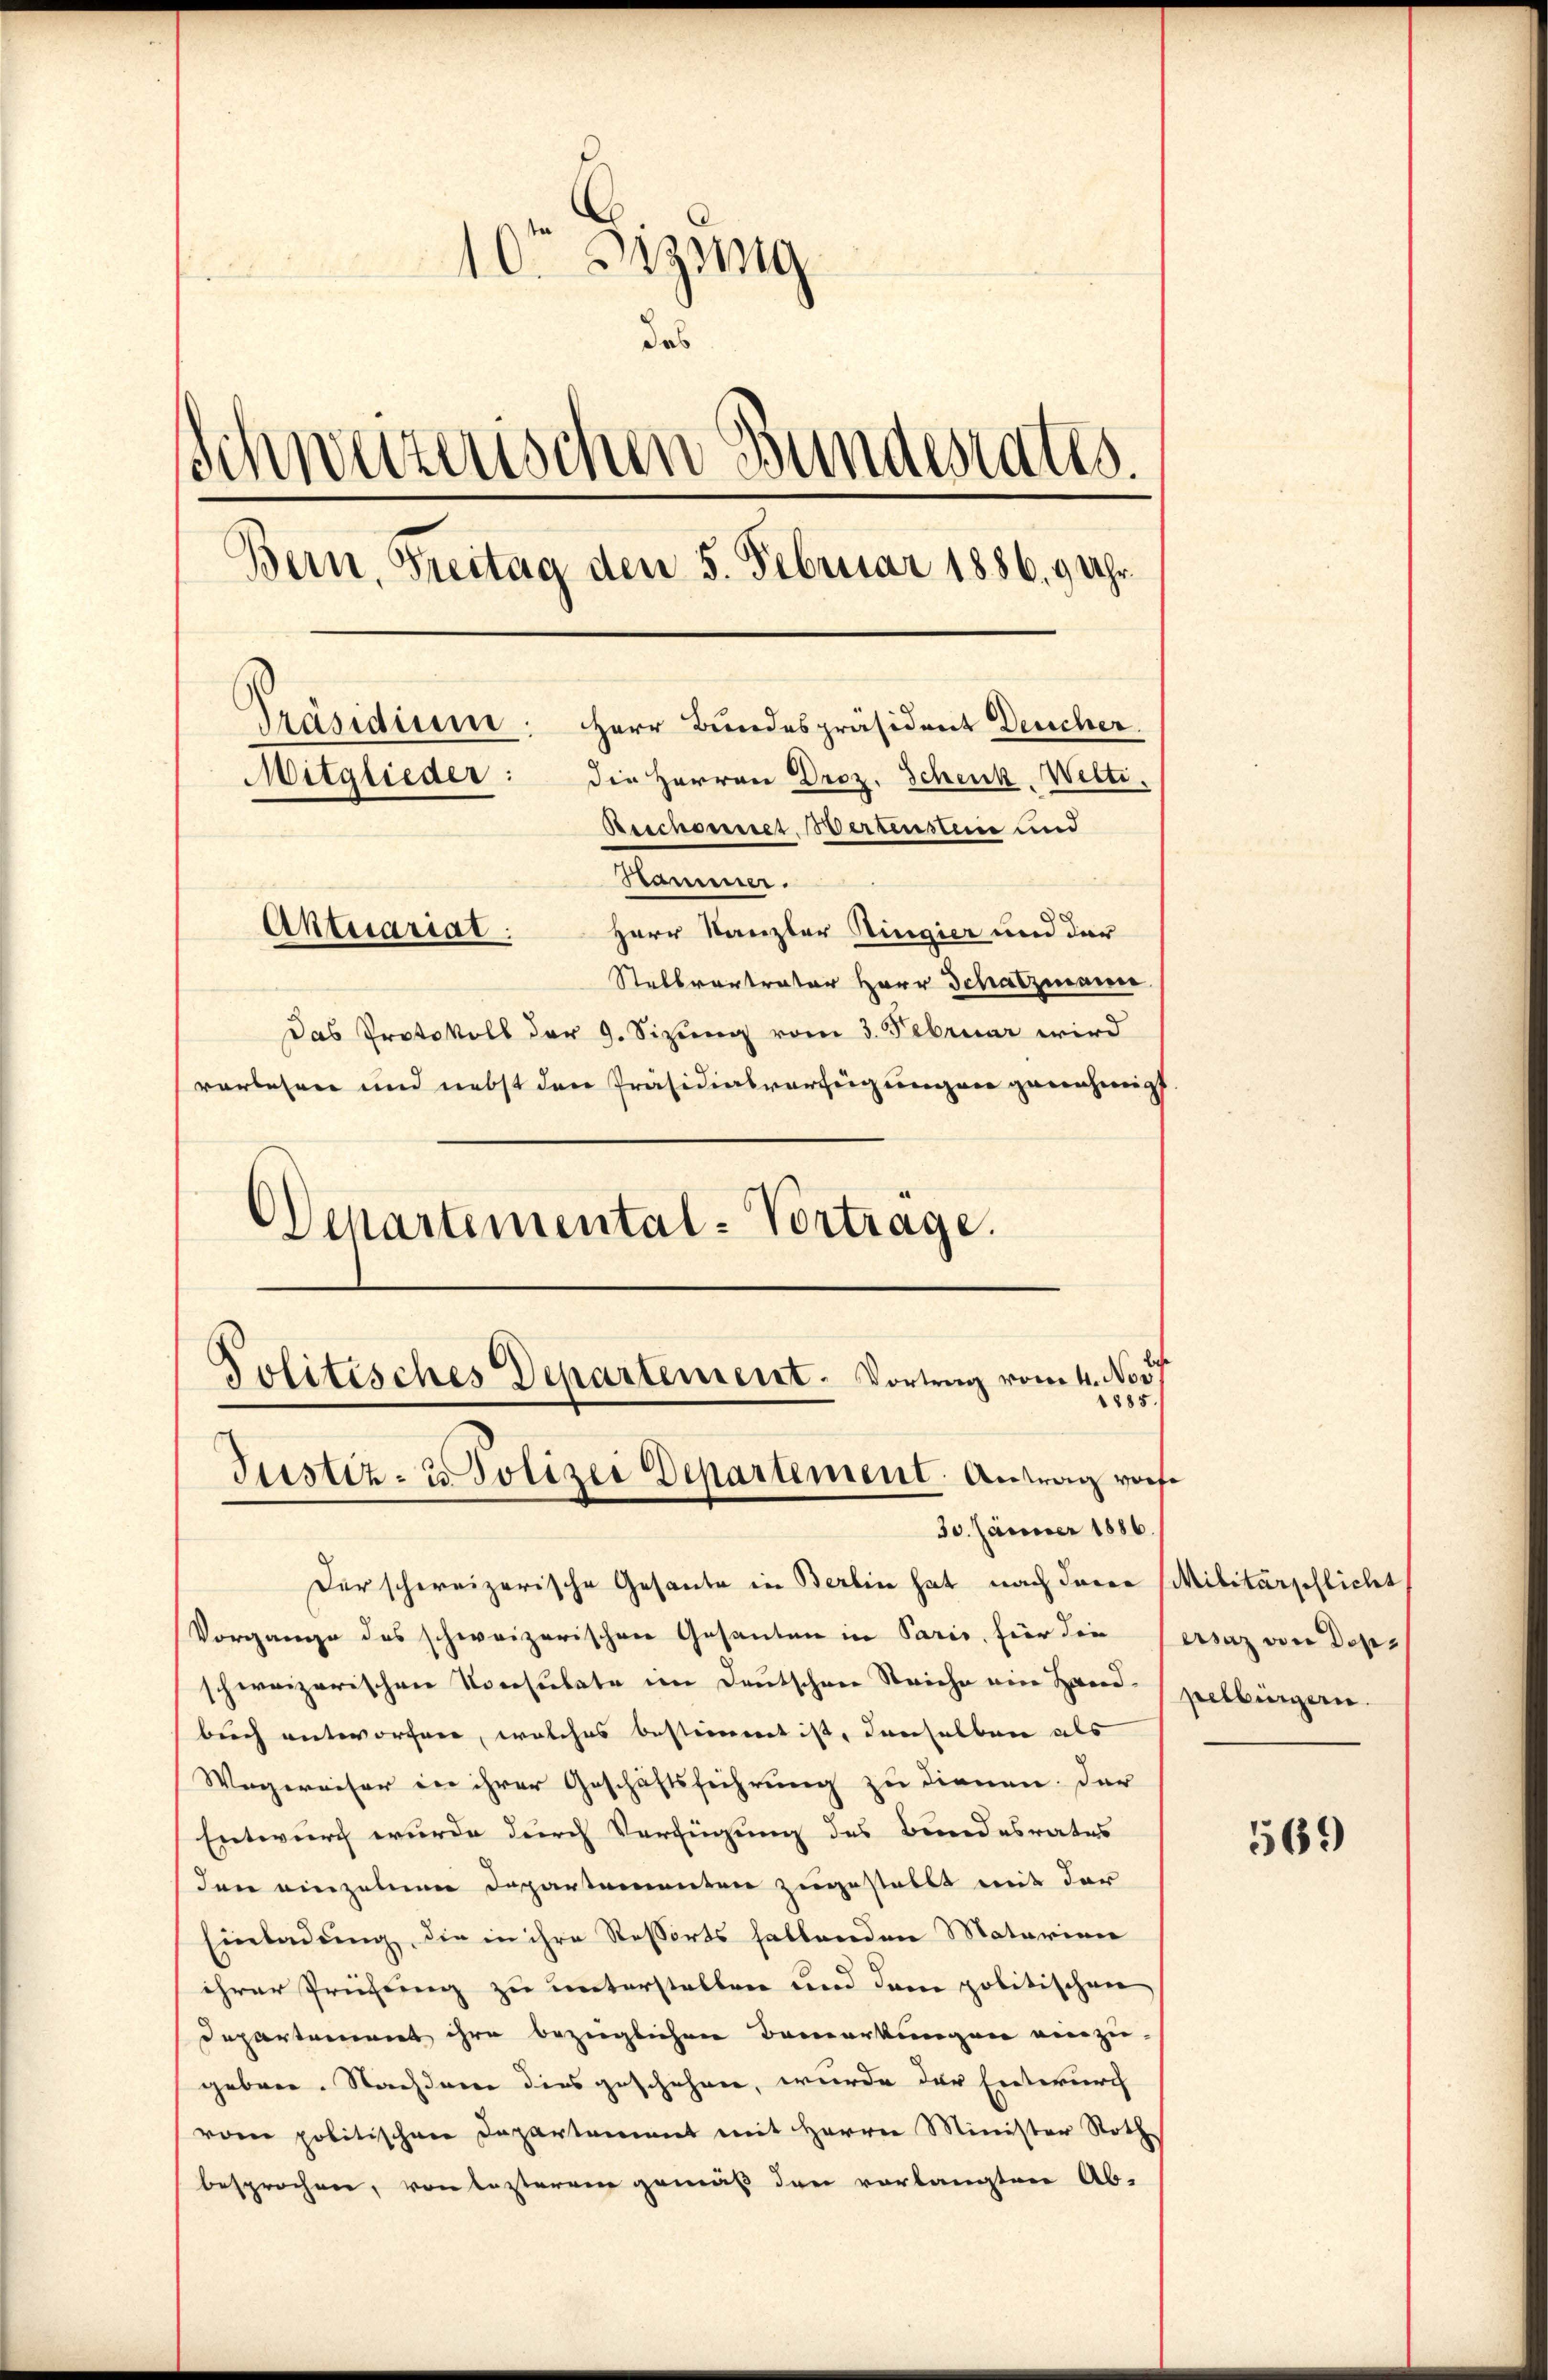
10ten Sizinig
das
Schweizerischen Bundesrates.
Bern, Freitag den 5. Februar 1886. 9 Uhr¬
Präsidium: Herr Bundespräsident Deucher.
Mitglieder: die Herren Droz. Schenk. Welti.
Reichennet, Wertensten und
Kammer.
Aktuariat.
Herr Kanzler Ringier und der
Stellvertrater Herr Schatzmann.
Das Protokoll der 9. Sizung vom 3. Februar wird
vorlesen und nebst den Präsidialverfügungen genehmigt

Departemental-Vortrage.

Der schweizerische Gesante in Berlin hat nach Jacoe Militärpflicht
Vorgange des schweizerischen Gesanden in Paris, für die Versaz von Dopschweizerischen Konsulate im Deutschen Reiche ein Hand-pelbürgern.
buch entworfen, welches bestimmet ist, denselben als
Wegereiser in ihrer Geschäftsführung zu dienen. Der
Entwurf wurde durch Verfügung des Bundesrates
den einzelnen Departementen zugestellt mit der
Einladung, die in ihre Ressorts haltenden Materian
ihrer Prüfung zu unterstellen und dem politischen
Departement ihre bezüglichen Bemerkungen einzu-
geben. Nachdem dies geschehen, wurde der Entwurch
vom politischen Departement mit Herrn Minister Noth
besprochen, von lezterem gemäß den vorlangten Ab-

Politisches Departement. Vortrag vom 4. Nov.
885.
Justiz- & Polizei Departement. Antrag vorse
30. Jänner 1886.

569